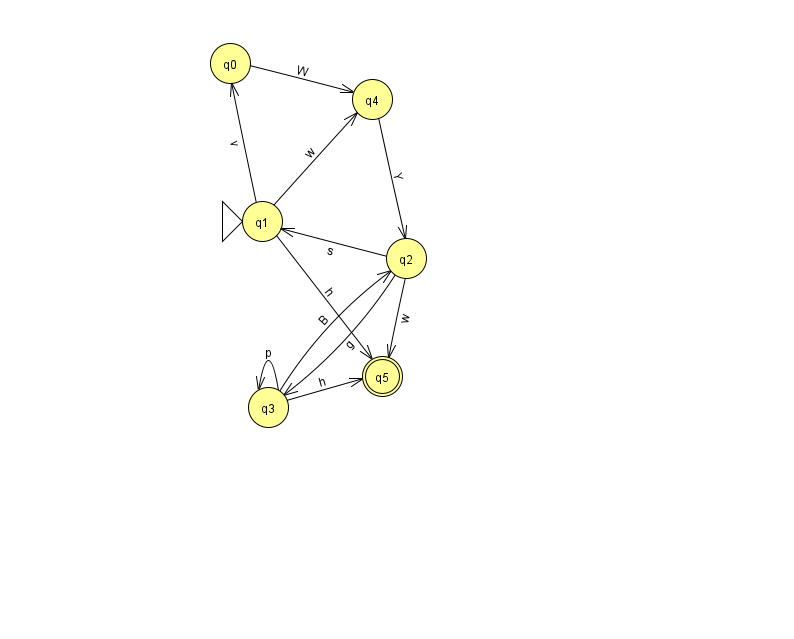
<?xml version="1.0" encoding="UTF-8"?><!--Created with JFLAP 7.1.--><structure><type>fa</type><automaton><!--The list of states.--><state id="0" name="q0"><x>230.0</x><y>50.0</y></state><state id="1" name="q1"><x>262.0</x><y>208.0</y><initial/></state><state id="2" name="q2"><x>406.0</x><y>245.0</y></state><state id="3" name="q3"><x>268.0</x><y>394.0</y></state><state id="4" name="q4"><x>372.0</x><y>86.0</y></state><state id="5" name="q5"><x>382.0</x><y>363.0</y><final/></state><!--The list of transitions.--><transition><from>3</from><to>3</to><read>p</read></transition><transition><from>0</from><to>4</to><read>W</read></transition><transition><from>2</from><to>1</to><read>s</read></transition><transition><from>3</from><to>2</to><read>B</read></transition><transition><from>4</from><to>2</to><read>Y</read></transition><transition><from>3</from><to>5</to><read>h</read></transition><transition><from>1</from><to>5</to><read>h</read></transition><transition><from>2</from><to>3</to><read>g</read></transition><transition><from>1</from><to>0</to><read>v</read></transition><transition><from>2</from><to>5</to><read>w</read></transition><transition><from>1</from><to>4</to><read>w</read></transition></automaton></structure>